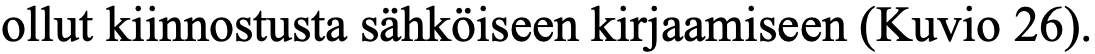
ollut kiinnostusta sähköiseen kirjaamiseen (Kuvio 26).